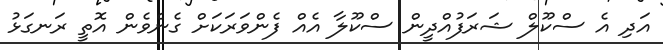
އަދި އެ ސްކޫލް ޝަރަފުއްދީން ސްކޫލާ އެއް ފެންވަރަކަށް ގެނެވެން އޮތީ ރަނގަޅު